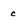
Character: c